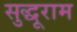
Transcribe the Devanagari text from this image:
सुद्धूराम